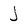
Character: J